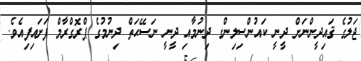
ޖަލުގެ ޤައިދީންނަށް ދީނީ ކައުންސިލިންގ ދިނުމާއި ދީނީ ނަސޭޙަތް ދިނުމުގެ ޕްރޮގްރާމް ފަށައިފިއެވެ.